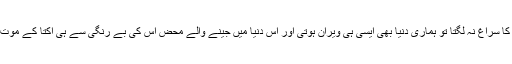
اگر اس تہہ خانے کا سراغ نہ لگتا تو ہماری دنیا بھی ایسی ہی ویران ہوتی اور اس دنیا میں جینے والے محض اس کی بے رنگی سے ہی اکتا کے موت کو گلے لگا لیتے۔